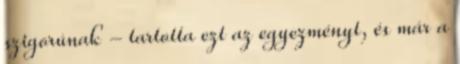
szigorúnak - tartotta ezt az egyezményt, és már a